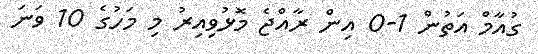
ގުއާމް އަތުން 1-0 އިން ރާއްޖެ މޮޅުވިއިރު މި މަހުގެ 10 ވަނަ